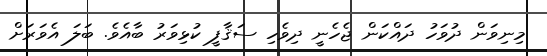
މިނިވަން ދުވަހު ދައްކަން ޖެހެނީ ދިވެހި ސަޤާފީ ކުޅިވަރު ބާއެވެ. ބަލަ އެވަރަށް